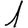
Digit: 1